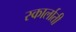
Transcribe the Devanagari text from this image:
स्कार्लाती